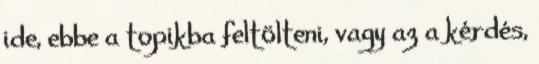
ide, ebbe a topikba feltölteni, vagy az a kérdés,